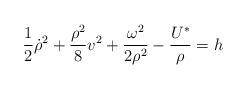
LaTeX: \begin{align*}\frac{1}{2}\dot{\rho}^{2}+\frac{\rho^{2}}{8}v^{2}+\frac{\omega^{2}}{2\rho^{2}}-\frac{U^{\ast}}{\rho}=h \end{align*}